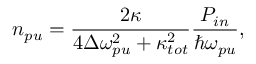
n _ { p u } = \frac { 2 \kappa } { 4 \Delta \omega _ { p u } ^ { 2 } + \kappa _ { t o t } ^ { 2 } } \frac { P _ { i n } } { \hbar \omega _ { p u } } ,